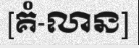
[គំ-លាន]